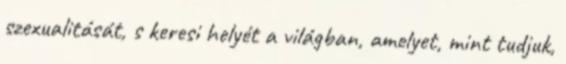
szexualitását, s keresi helyét a világban, amelyet, mint tudjuk,